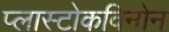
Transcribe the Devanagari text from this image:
प्लास्टोकविनोन